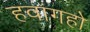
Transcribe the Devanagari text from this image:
हवांगहो